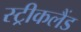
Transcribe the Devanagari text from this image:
स्ट्रीकलैंड